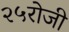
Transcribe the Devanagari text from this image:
२५रोजी